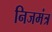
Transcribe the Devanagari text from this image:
निजमंत्र